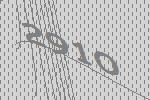
2910